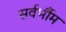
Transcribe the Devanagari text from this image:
सर्वर्भौम